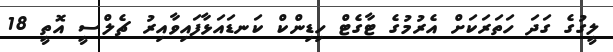
ލީގުގެ ގަދަ ހަތަރަކަށް އެރުމުގެ ޓާގެޓް ހިޑިންކް ކަނޑައަޅާފައިވާއިރު ޗެލްސީ އޮތީ 18